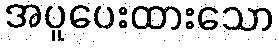
အပူပေးထားသော